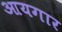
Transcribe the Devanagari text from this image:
आयगार